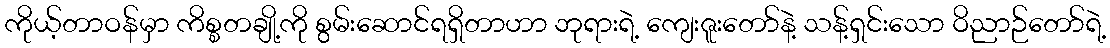
ကိုယ့်တာဝန်မှာ ကိစ္စတချို့ကို စွမ်းဆောင်ရရှိတာဟာ ဘုရားရဲ့ ကျေးဇူးတော်နဲ့ သန့်ရှင်းသော ဝိညာဉ်တော်ရဲ့